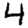
Digit: 4